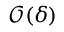
\mathcal { O } \mathopen { } \mathclose \bgroup \left( \delta \aftergroup \egroup \right)